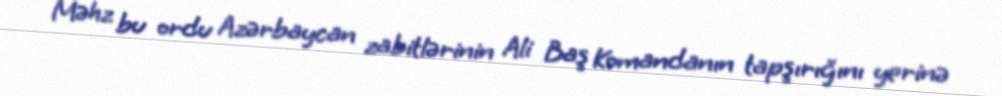
Məhz bu ordu Azərbaycan zabitlərinin Ali Baş Komandanın tapşırığını yerinə